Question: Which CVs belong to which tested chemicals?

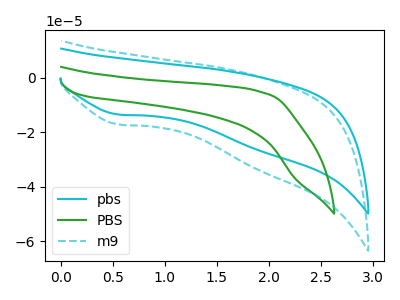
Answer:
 <answer>The cyan curve is labeled "pbs". The green curve is labeled "PBS". The cyan dashed curve is labeled "m9".</answer>
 <eval></eval>